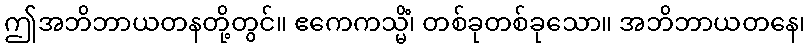
ဤအဘိဘာယတနတို့တွင်။ ဧကေကသ္မိံ၊ တစ်ခုတစ်ခုသော။ အဘိဘာယတနေ၊